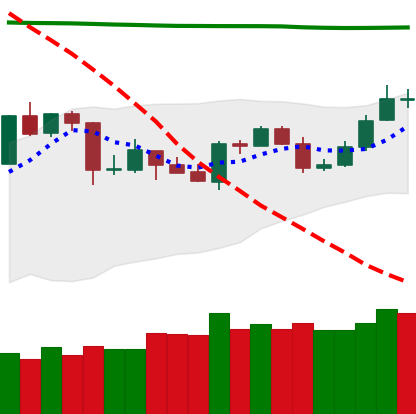
Ticker: TRX-USD
Chart end date: 2020-04-25
Forward return: 8.988%
Label: up_7plus